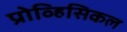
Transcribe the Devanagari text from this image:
प्रोव्हिसिकल